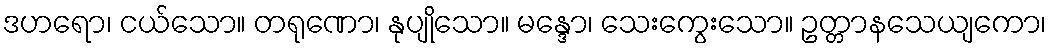
ဒဟရော၊ ငယ်သော။ တရုဏော၊ နုပျိုသော။ မန္ဒော၊ သေးကွေးသော။ ဥတ္တာနသေယျကော၊